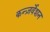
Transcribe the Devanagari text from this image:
कन्ज़र्वेशन